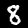
Digit: 8